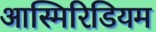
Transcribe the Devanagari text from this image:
आस्मिरिडियम